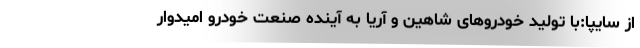
از سایپا:با تولید خودروهای شاهین و آریا به آینده صنعت خودرو امیدوار